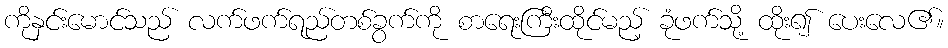
ကိုနှင်းမောင်သည် လက်ဖက်ရည်တစ်ခွက်ကို စာရေးကြီးထိုင်မည့် ခုံဖက်သို့ ထိုး၍ ပေးလေ၏။